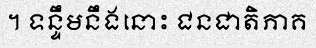
។ ទន្ទឹមនឹងនោះ ជនជាតិភាគ